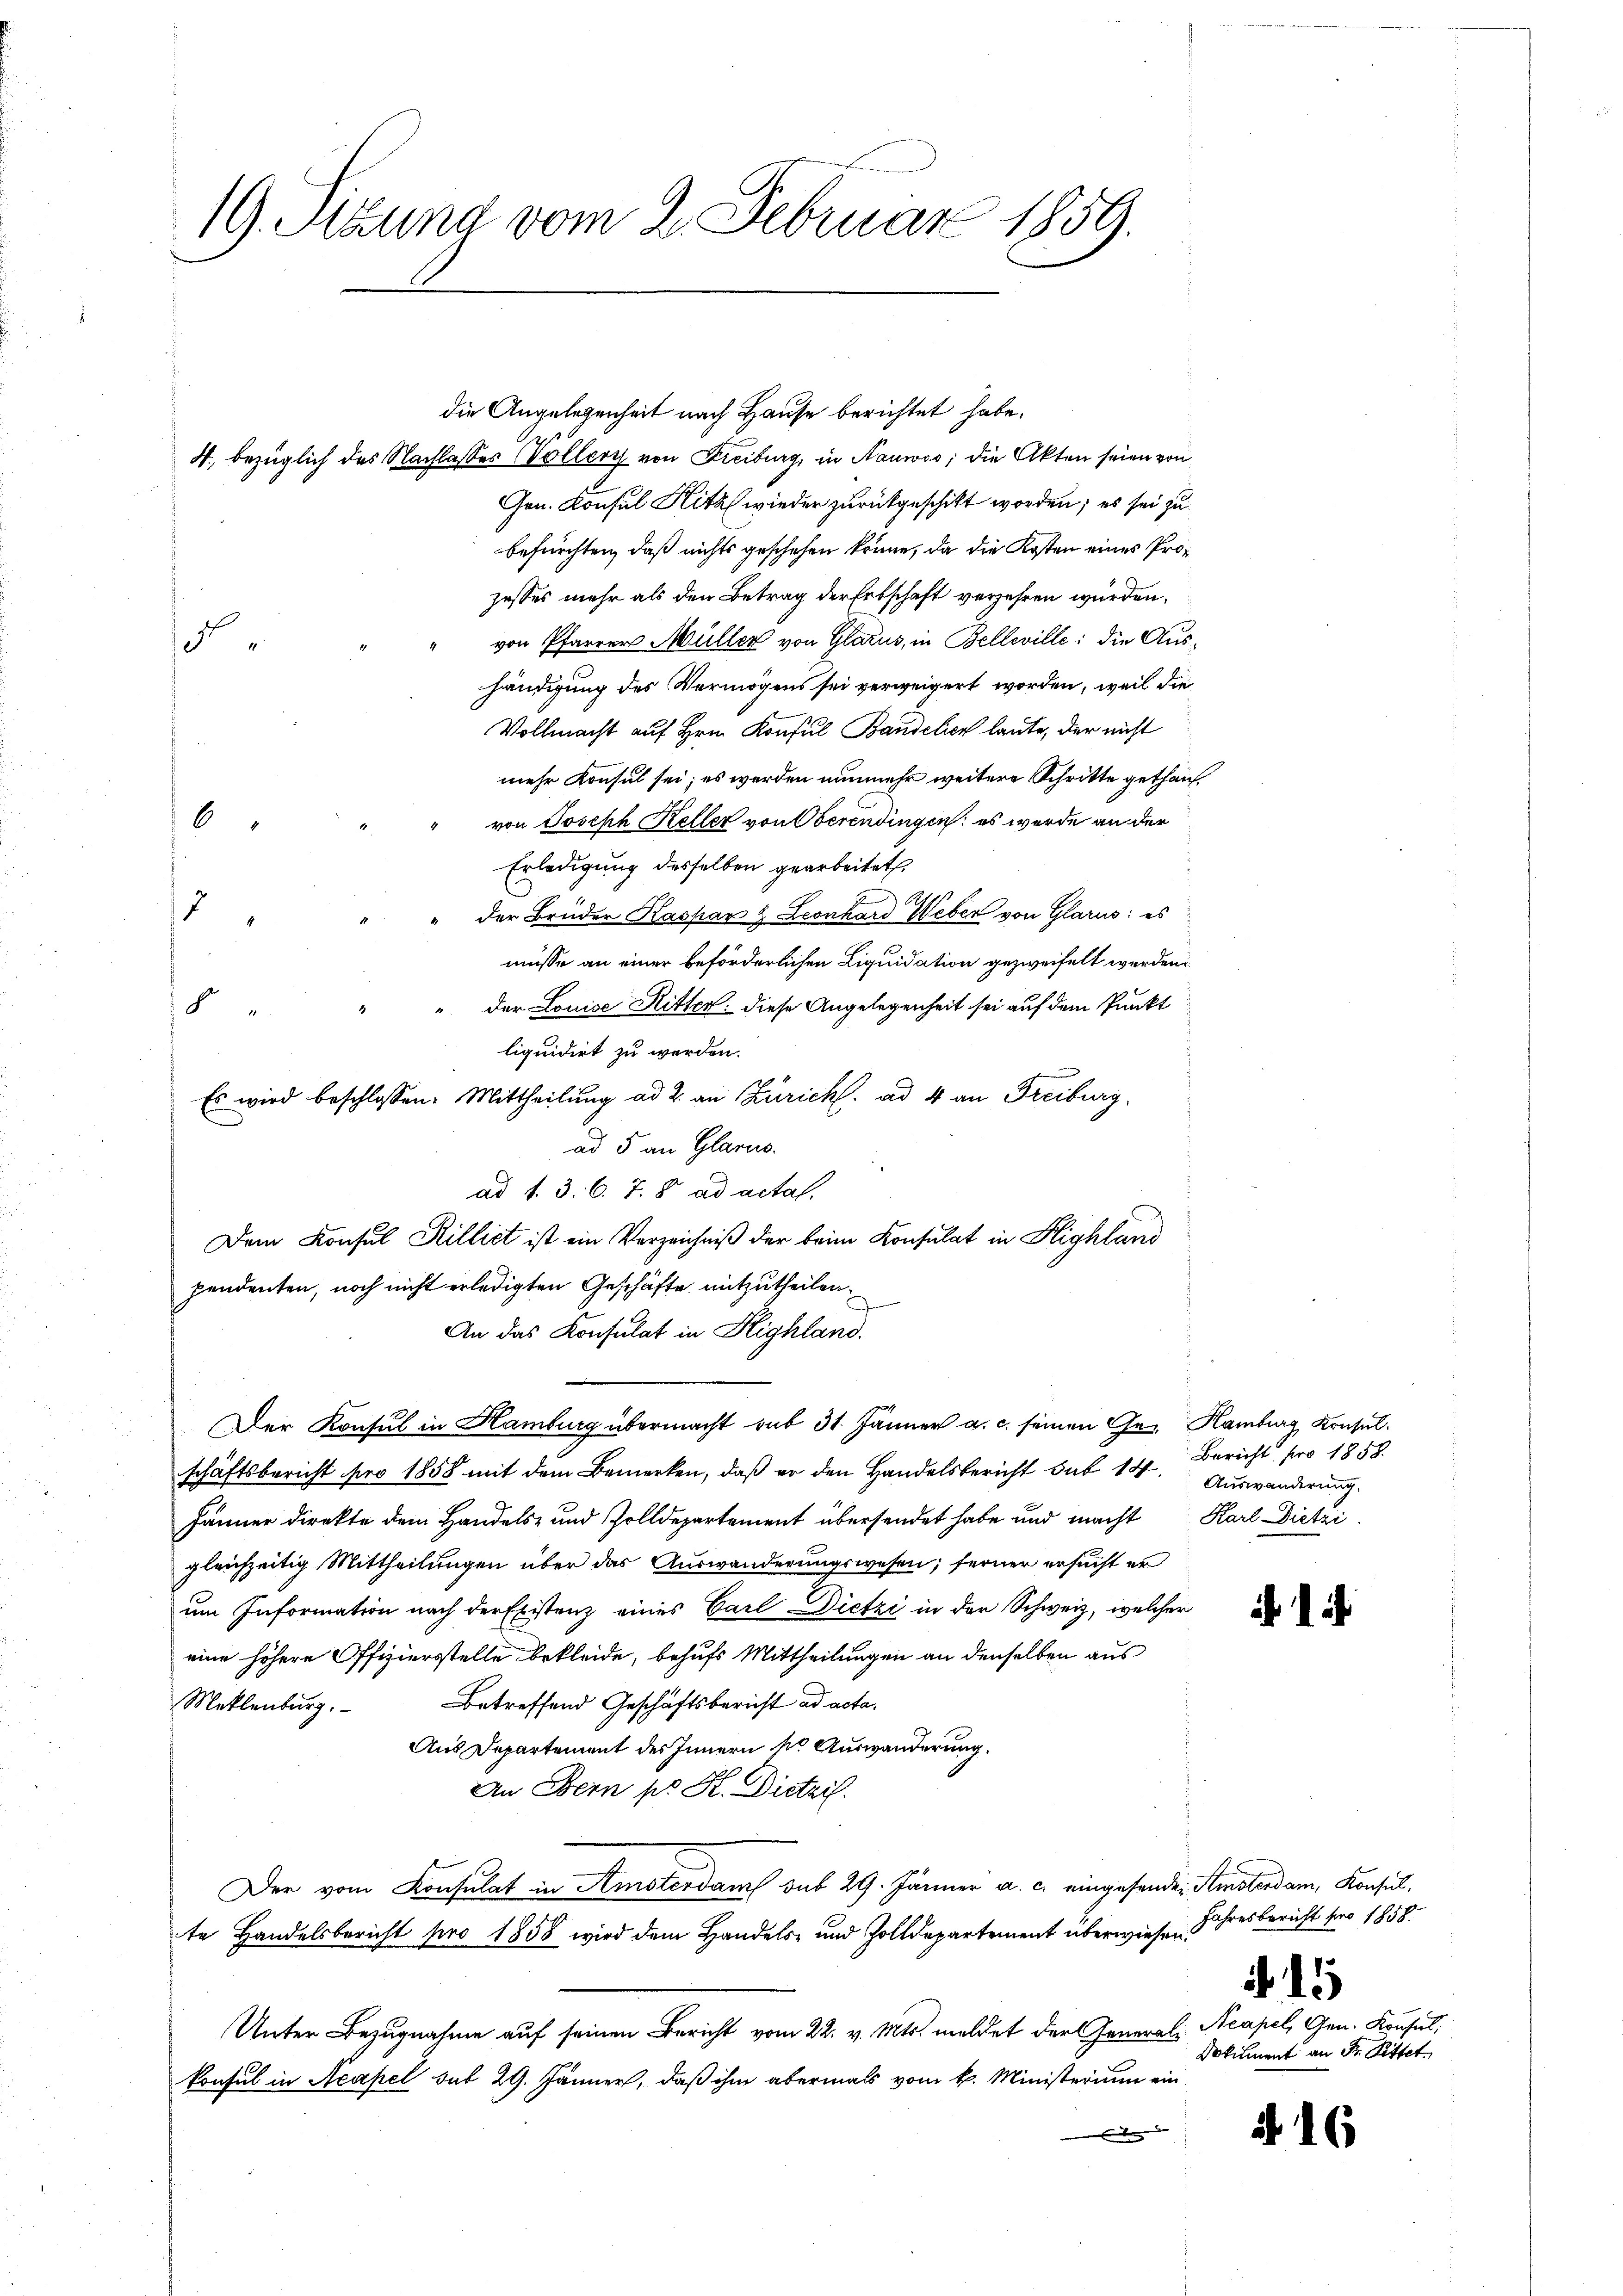
19. Sitzung vom 2. Februar 1859.

die Angelegenheit nach Hause berichtet habe.
4., bezüglich des Nachlasses Voller von Freiburg, in Nauwos; die Akten seien von
Gen. Konsul Hitz wieder zurückgeschickt worden; es sei zu
befürchten, daß nichts geschehen könne, da die Kosten eines Prozesses mehr als den Betrag der Erbschaft verzehren würden.
von Pfarrers Müller von Glarus, in Belleville; die Aus¬
15
händigung des Vermögens sei verweigert worden, weil die
Vollmacht auf Hrn. Konsul Bandelien laute, der nicht
mehr Konsul sei; es werden nunmehr weitere Schritte gethan,
von Joseph Keller von Oberendingen: es wurde an der
6
Erledigung desselben gearbeitet
2
der Brüder Kaspar & Leonhard Weber von Glarus: es
müsse an einer beförderlichen Liquidation gezweifelt werden.
" der Louise Ritter: diese Angelegenheit sei auf dem Punkt
8
liquidirt zu werden.
Es wird beschlossen: Mittheilung ad 2. an Zürich. ad 4 an Freiburg,
ad 5 an Glarus.
ad 1. 3. 6. 7. 8. ad actal.
Dem Konsul Rillict ist ein Verzeichniß der beim Konsulat in Highland
pendenten, noch nicht erledigten Geschäfte mitzutheilen.
An das Konsulat in Highland.
Der Konsul in Hamburg übermacht sub 31. Jänner a. c. seinen Ge- Hamburg, Konsulschäftsbericht pro 1858 mit dem Bemerken, daß er den Handelsbericht sub 14. Auswanderung.
Jänner direkte dem Handels- und Zolldepartement übersendet habe und macht Karl Dietzi
gleichzeitig Mittheilungen über das Auswanderungswesen; ferner ersucht er
um Information nach der Existenz eines Carl-Dietzi in der Schweiz, welcher
eine höhere Offiziersstelle bekleide, behufs Mittheilungen an denselben aus
Meklenburg. Betreffend Geschäftsbericht ad acta.
Aus Departement des Innern so Auswanderung.
An Bern pr. H. Dietrif
Der vom Konsulat in Amsterdam sub 29. Jänner a. c. eingesander Amsterdam, Konsul-
te Handelsbericht pro 1858 wird dem Handels- und Zolldepartement überwiesen Jahresbericht pro 1858.
Unter Bezugnahme auf seinen Bericht vom 22. v. Mts. meldet der General¬
Konsul in Neapel sub 29. Jänner, daß ihm abermals vom k. Ministerium ein
e

Bericht pro 1858.

Neapel, Gen. Krusel,
Dokument an Fr. Rittet.

i 14

2

16